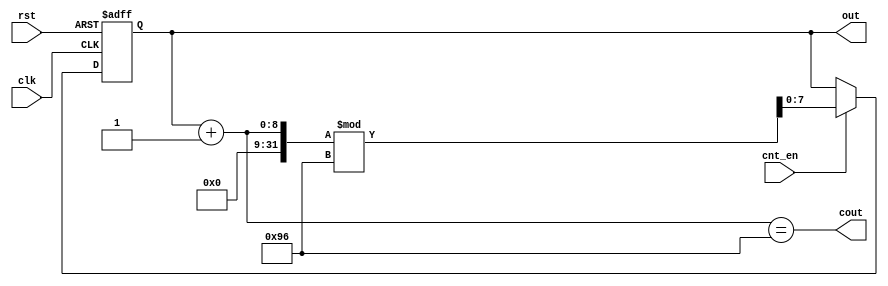
// This program was cloned from: https://github.com/sep-81/Computer-Architecture-Course-Projects
// License: MIT License

module ModuloCounter (
    clk,
    rst,
    cnt_en,
    out,
    cout
);

  parameter word_len = 8;
  parameter divisor = 150;

  input clk, rst, cnt_en;
  output [word_len - 1 : 0] out;
  output cout;

  reg [word_len - 1 : 0] current_count;

  assign out  = current_count;
  assign cout = (current_count+1'b1 == divisor);

  always @(posedge clk or posedge rst) begin
		if(rst)
			current_count <= 'b0;
		else if(cnt_en)
			current_count <= (current_count + 1'b1) % divisor;
  end

endmodule